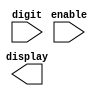
module displ(
	input enable,
	input [3:0] digit,
	output reg [7:0] display);
	
endmodule